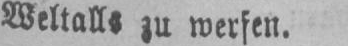
Weltalls zu werfen.